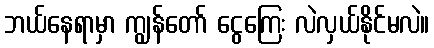
ဘယ်နေရာမှာ ကျွန်တော် ငွေကြေး လဲလှယ်နိုင်မလဲ။